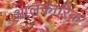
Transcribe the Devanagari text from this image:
आलंकारिक